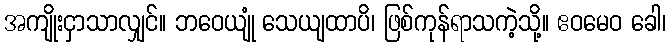
အကျိုးငှာသာလျှင်။ ဘဝေယျုံ သေယျထာပိ၊ ဖြစ်ကုန်ရာသကဲ့သို့။ ဧဝမေဝ ခေါ၊